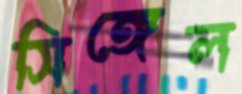
সিঙ্গেল